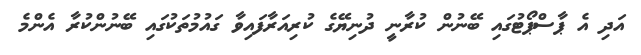
އަދި އެ ޕާސްޕޯޓުގައި ބޭނުން ކުރާނީ ދުނިޔޭގެ ކުރިއަރާފައިވާ ގައުމުތަކުގައި ބޭނުންކުރާ އެންމެ